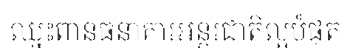
ឈ្នះពានធនាគារអន្តរជាតិល្អបំផុត